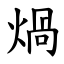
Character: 煱